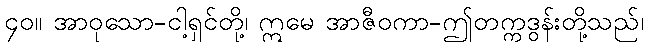
၄၀။ အာဝုသော-ငါ့ရှင်တို့၊ ဣမေ အာဇီဝကာ-ဤတက္ကဒွန်းတို့သည်၊